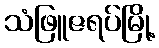
သံဖြူဇရပ်မြို့